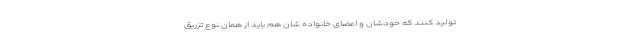
تولید کنند که خودشان و اعضای خانواده شان هم باید از همان نوع تزریق